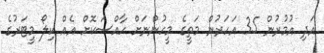
އަދި އުމުރުން 35 އަހަރުން މަތީގެ މީހުންނަށް ހާއްސަކޮށް އެއް ކިލޯ މީޓަރުގެ